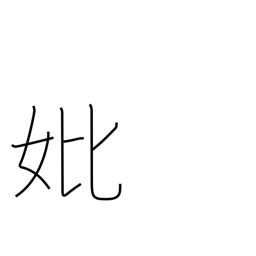
Meaning: mother